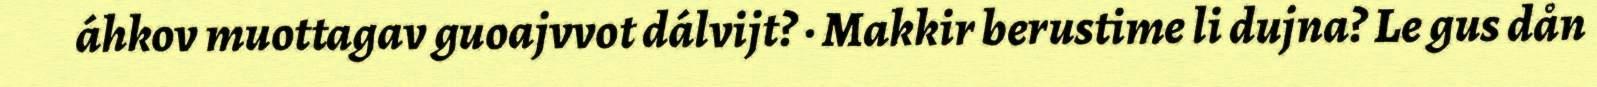
áhkov muottagav guoajvvot dálvijt? · Makkir berustime li dujna? Le gus dån